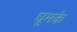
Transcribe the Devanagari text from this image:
घूमके